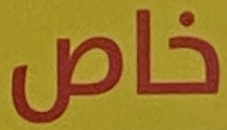
خاص